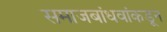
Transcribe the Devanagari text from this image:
समाजबांधवांकडून